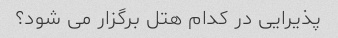
پذیرایی در کدام هتل برگزار می شود؟